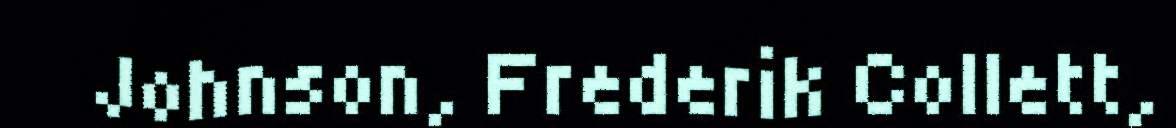
Johnson, Frederik Collett,